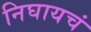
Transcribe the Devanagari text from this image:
निघायचं